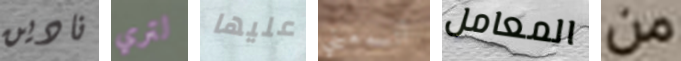
نادين لتري عليها أتسمعيني المعامل من